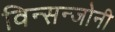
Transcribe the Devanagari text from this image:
विन्सन्जोनी